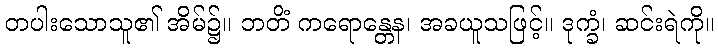
တပါးသောသူ၏ အိမ်၌။ ဘတိံ ကရောန္တေန၊ အခယူသဖြင့်။ ဒုက္ခံ၊ ဆင်းရဲကို။